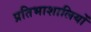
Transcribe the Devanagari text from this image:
प्रतिभाशालियों